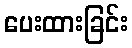
ပေးထားခြင်း